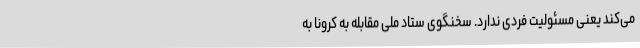
می‌کند یعنی مسئولیت فردی ندارد. سخنگوی ستاد ملی مقابله به کرونا به